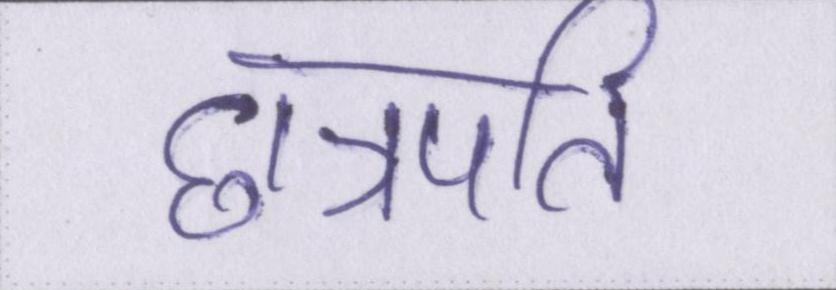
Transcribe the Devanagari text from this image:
छत्रपति